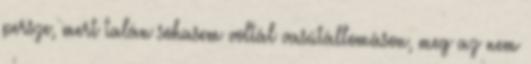
persze, mert talán sohasem voltál vasútállomáson, meg az nem